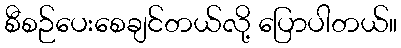
စီစဉ်ပေးစေချင်တယ်လို့ ပြောပါတယ်။